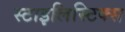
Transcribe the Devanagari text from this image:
स्टाइलिस्टिक्स